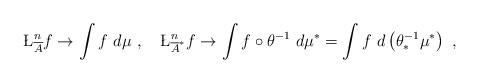
LaTeX: \begin{align*}\L^n_{\overline{A}} f \to \int f \ d\mu \ , \ \ \ \L^n_{\overline{A}^*} f \to \int f \circ \theta^{-1} \ d\mu^* = \int f \ d \left( \theta^{-1}_* \mu^* \right) \ ,\end{align*}